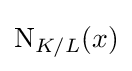
{\text{N}}_{K/L}(x)